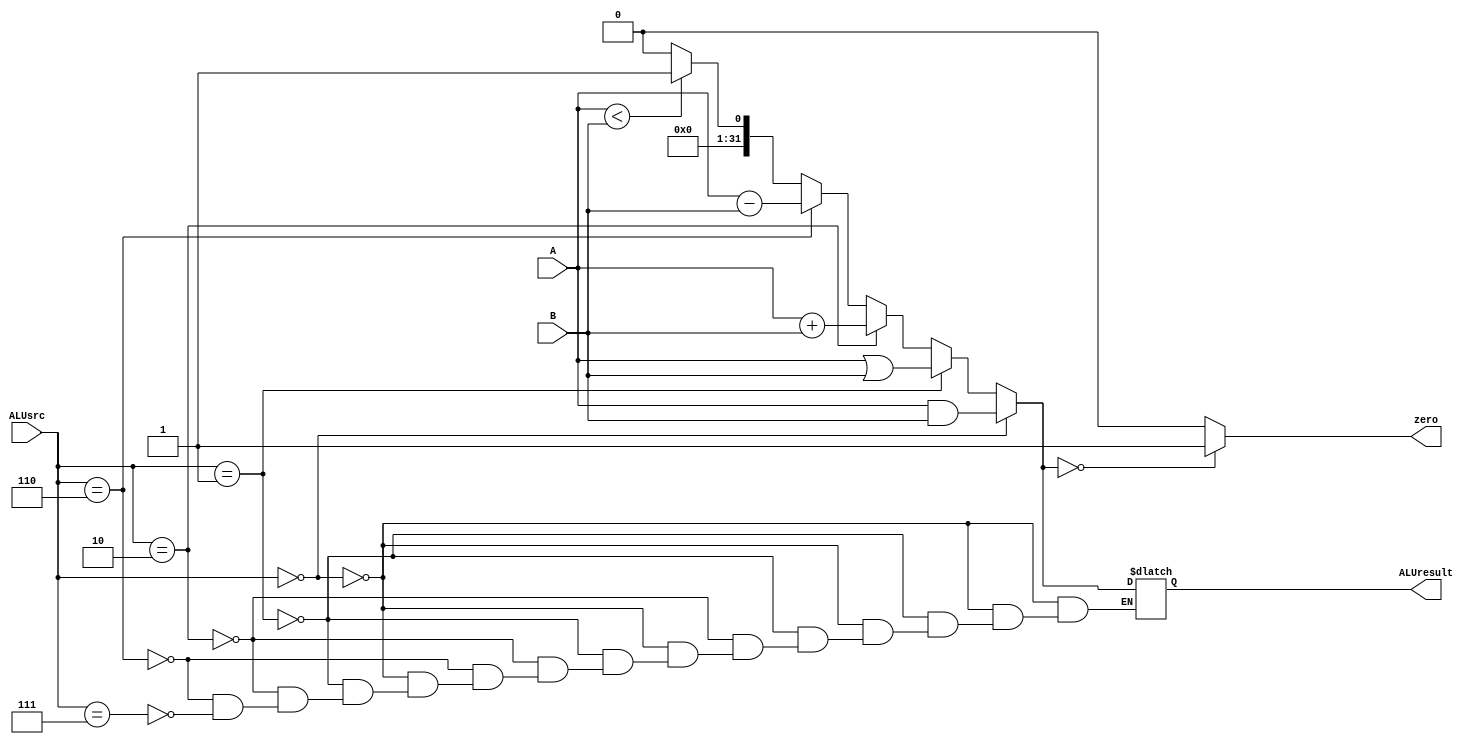
module ALU(A,B,ALUsrc,zero,ALUresult);
    input [31:0] A,B;
    input [2:0] ALUsrc;
    output reg zero;
    output reg[31:0] ALUresult;
    always@(A,B,ALUsrc) begin
        if (ALUsrc == 3'b0)
            ALUresult = A & B;
        else if (ALUsrc == 3'b001)
            ALUresult = A | B;
        else if (ALUsrc == 3'b010)
            ALUresult = A + B;
        else if (ALUsrc == 3'b110)
            ALUresult = A - B;
        else if (ALUsrc ==3'b111)
            if (A<B) ALUresult = {31'b0,1'b1};
            else ALUresult = 32'b0;
        if (ALUresult == 32'b0)
            zero = 1'b1;
        else
            zero = 1'b0;
    end
endmodule